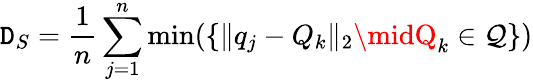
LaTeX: {\mathtt{D}_{S}}=\frac{{1}}{{n}}\sum_{j=1}^{n}\operatorname*{min}(\left\{ \| q_{j}-Q_{k}\| _{2}\midQ_{k}\in\mathcal{{Q}}\right\} )